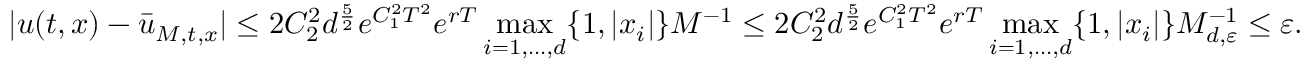
\vert u ( t , x ) - \bar { u } _ { M , t , x } \vert \leq 2 C _ { 2 } ^ { 2 } d ^ { \frac { 5 } { 2 } } e ^ { C _ { 1 } ^ { 2 } T ^ { 2 } } e ^ { r T } \operatorname* { m a x } _ { i = 1 , \ldots , d } \{ 1 , \vert x _ { i } \vert \} M ^ { - 1 } \leq 2 C _ { 2 } ^ { 2 } d ^ { \frac { 5 } { 2 } } e ^ { C _ { 1 } ^ { 2 } T ^ { 2 } } e ^ { r T } \operatorname* { m a x } _ { i = 1 , \ldots , d } \{ 1 , \vert x _ { i } \vert \} M _ { d , { \varepsilon } } ^ { - 1 } \leq { \varepsilon } .